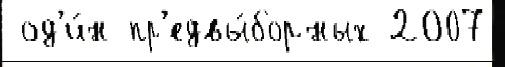
 од'и́н пр'едвы́борных 2007